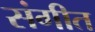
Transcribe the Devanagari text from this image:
संगीत